Scottish Leaving Certificate Examination, 1956
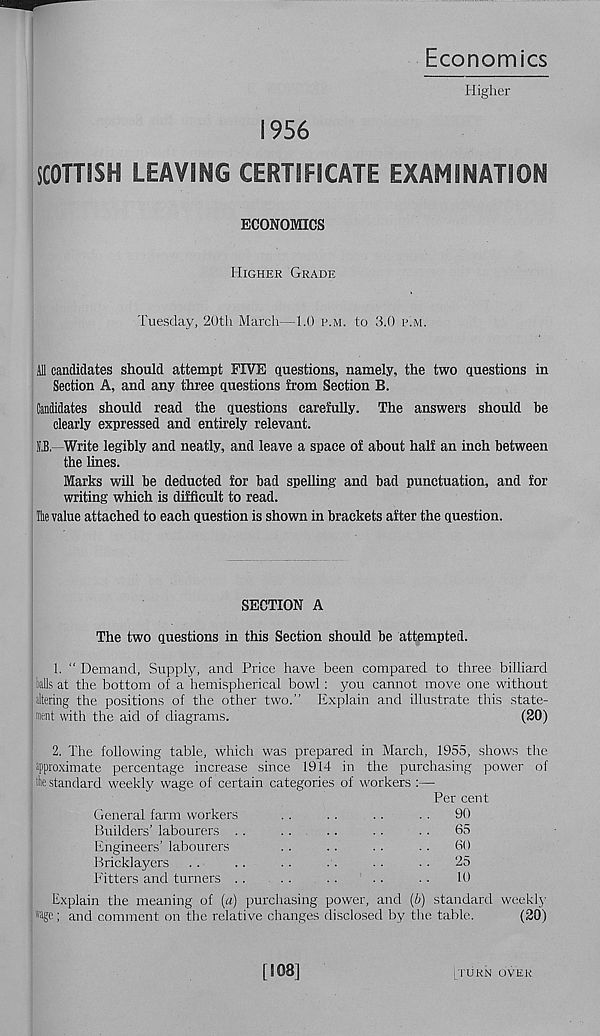
Economics
Higher
1956
SCOTTISH LEAVING CERTIFICATE EXAMINATION
ECONOMICS
Higher Grade
Tuesday, 20th March—1.0 i\m. to 3.0 p.m.
Ml candidates should attempt FIVE questions, namely, the two questions in
Section A, and any three questions from Section B.
Candidates should read the questions carefully. The answers should be
clearly expressed and entirely relevant.
j.B.- Write legibly and neatly, and leave a space of about half an inch between
the lines.
Marks will be deducted for bad spelling and bad punctuation, and for
writing which is difficult to read.
Hie value attached to each question is shown in brackets after the question.
SECTION A
The two questions in this Section should be attempted.
1. “ Demand, Supply, and Price have been compared to three billiard
balls at the bottom of a hemispherical bowl: you cannot move one without
altering the positions of the other two.” Explain and illustrate this state-
ment with the aid of diagrams.
(20)
2. The following table, which was prepared in March, 1955, shows the
approximate percentage increase since 1914 in the purchasing power of
standard weekly wage, of certain categories of workers :—
Per cent
General farm workers
..
..
..
..
90
Builders’ labourers . .
..
..
. .
. .
65
Engineers’ labourers
..
..
..
..
60
Bricklayers . .
. .
..
..
. .
. .
25
Fitters and turners . .
. .
..
. .
. •
10
Explain the meaning of (a) purchasing power, and (/;) standard weekly
rage; and comment on the relative changes disclosed by the table.
(20)
[TURN OVER
[108]